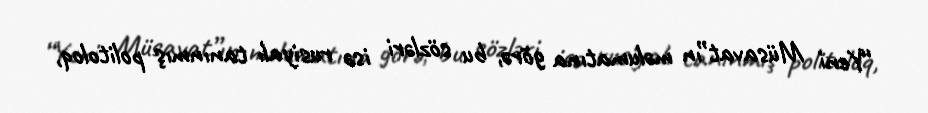
“Yeni Müsavat”ın məlumatına görə, bu sözləri isə rusiyalı tanınmış politoloq,